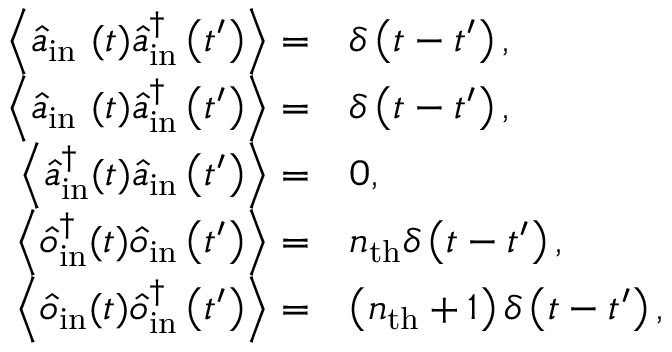
\begin{array} { r l } { \left\langle \hat { a } _ { \mathrm { i n ~ } } ( t ) \hat { a } _ { \mathrm { i n } } ^ { \dagger } \left( t ^ { \prime } \right) \right\rangle = } & { \delta \left( t - t ^ { \prime } \right) , } \\ { \left\langle \hat { a } _ { \mathrm { i n ~ } } ( t ) \hat { a } _ { \mathrm { i n } } ^ { \dagger } \left( t ^ { \prime } \right) \right\rangle = } & { \delta \left( t - t ^ { \prime } \right) , } \\ { \left\langle \hat { a } _ { \mathrm { i n } } ^ { \dagger } ( t ) \hat { a } _ { \mathrm { i n } } \left( t ^ { \prime } \right) \right\rangle = } & { 0 , } \\ { \left\langle \hat { o } _ { \mathrm { i n } } ^ { \dagger } ( t ) \hat { o } _ { \mathrm { i n } } \left( t ^ { \prime } \right) \right\rangle = } & { n _ { \mathrm { t h } } \delta \left( t - t ^ { \prime } \right) , } \\ { \left\langle \hat { o } _ { \mathrm { i n } } ( t ) \hat { o } _ { \mathrm { i n } } ^ { \dagger } \left( t ^ { \prime } \right) \right\rangle = } & { \left( n _ { \mathrm { t h } } + 1 \right) \delta \left( t - t ^ { \prime } \right) , } \end{array}